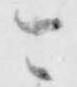
可